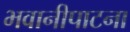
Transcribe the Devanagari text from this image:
भवानीपाटना